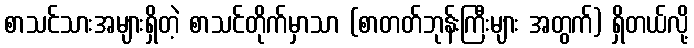
စာသင်သားအများရှိတဲ့ စာသင်တိုက်မှာသာ (စာတတ်ဘုန်းကြီးများ အတွက်) ရှိတယ်လို့